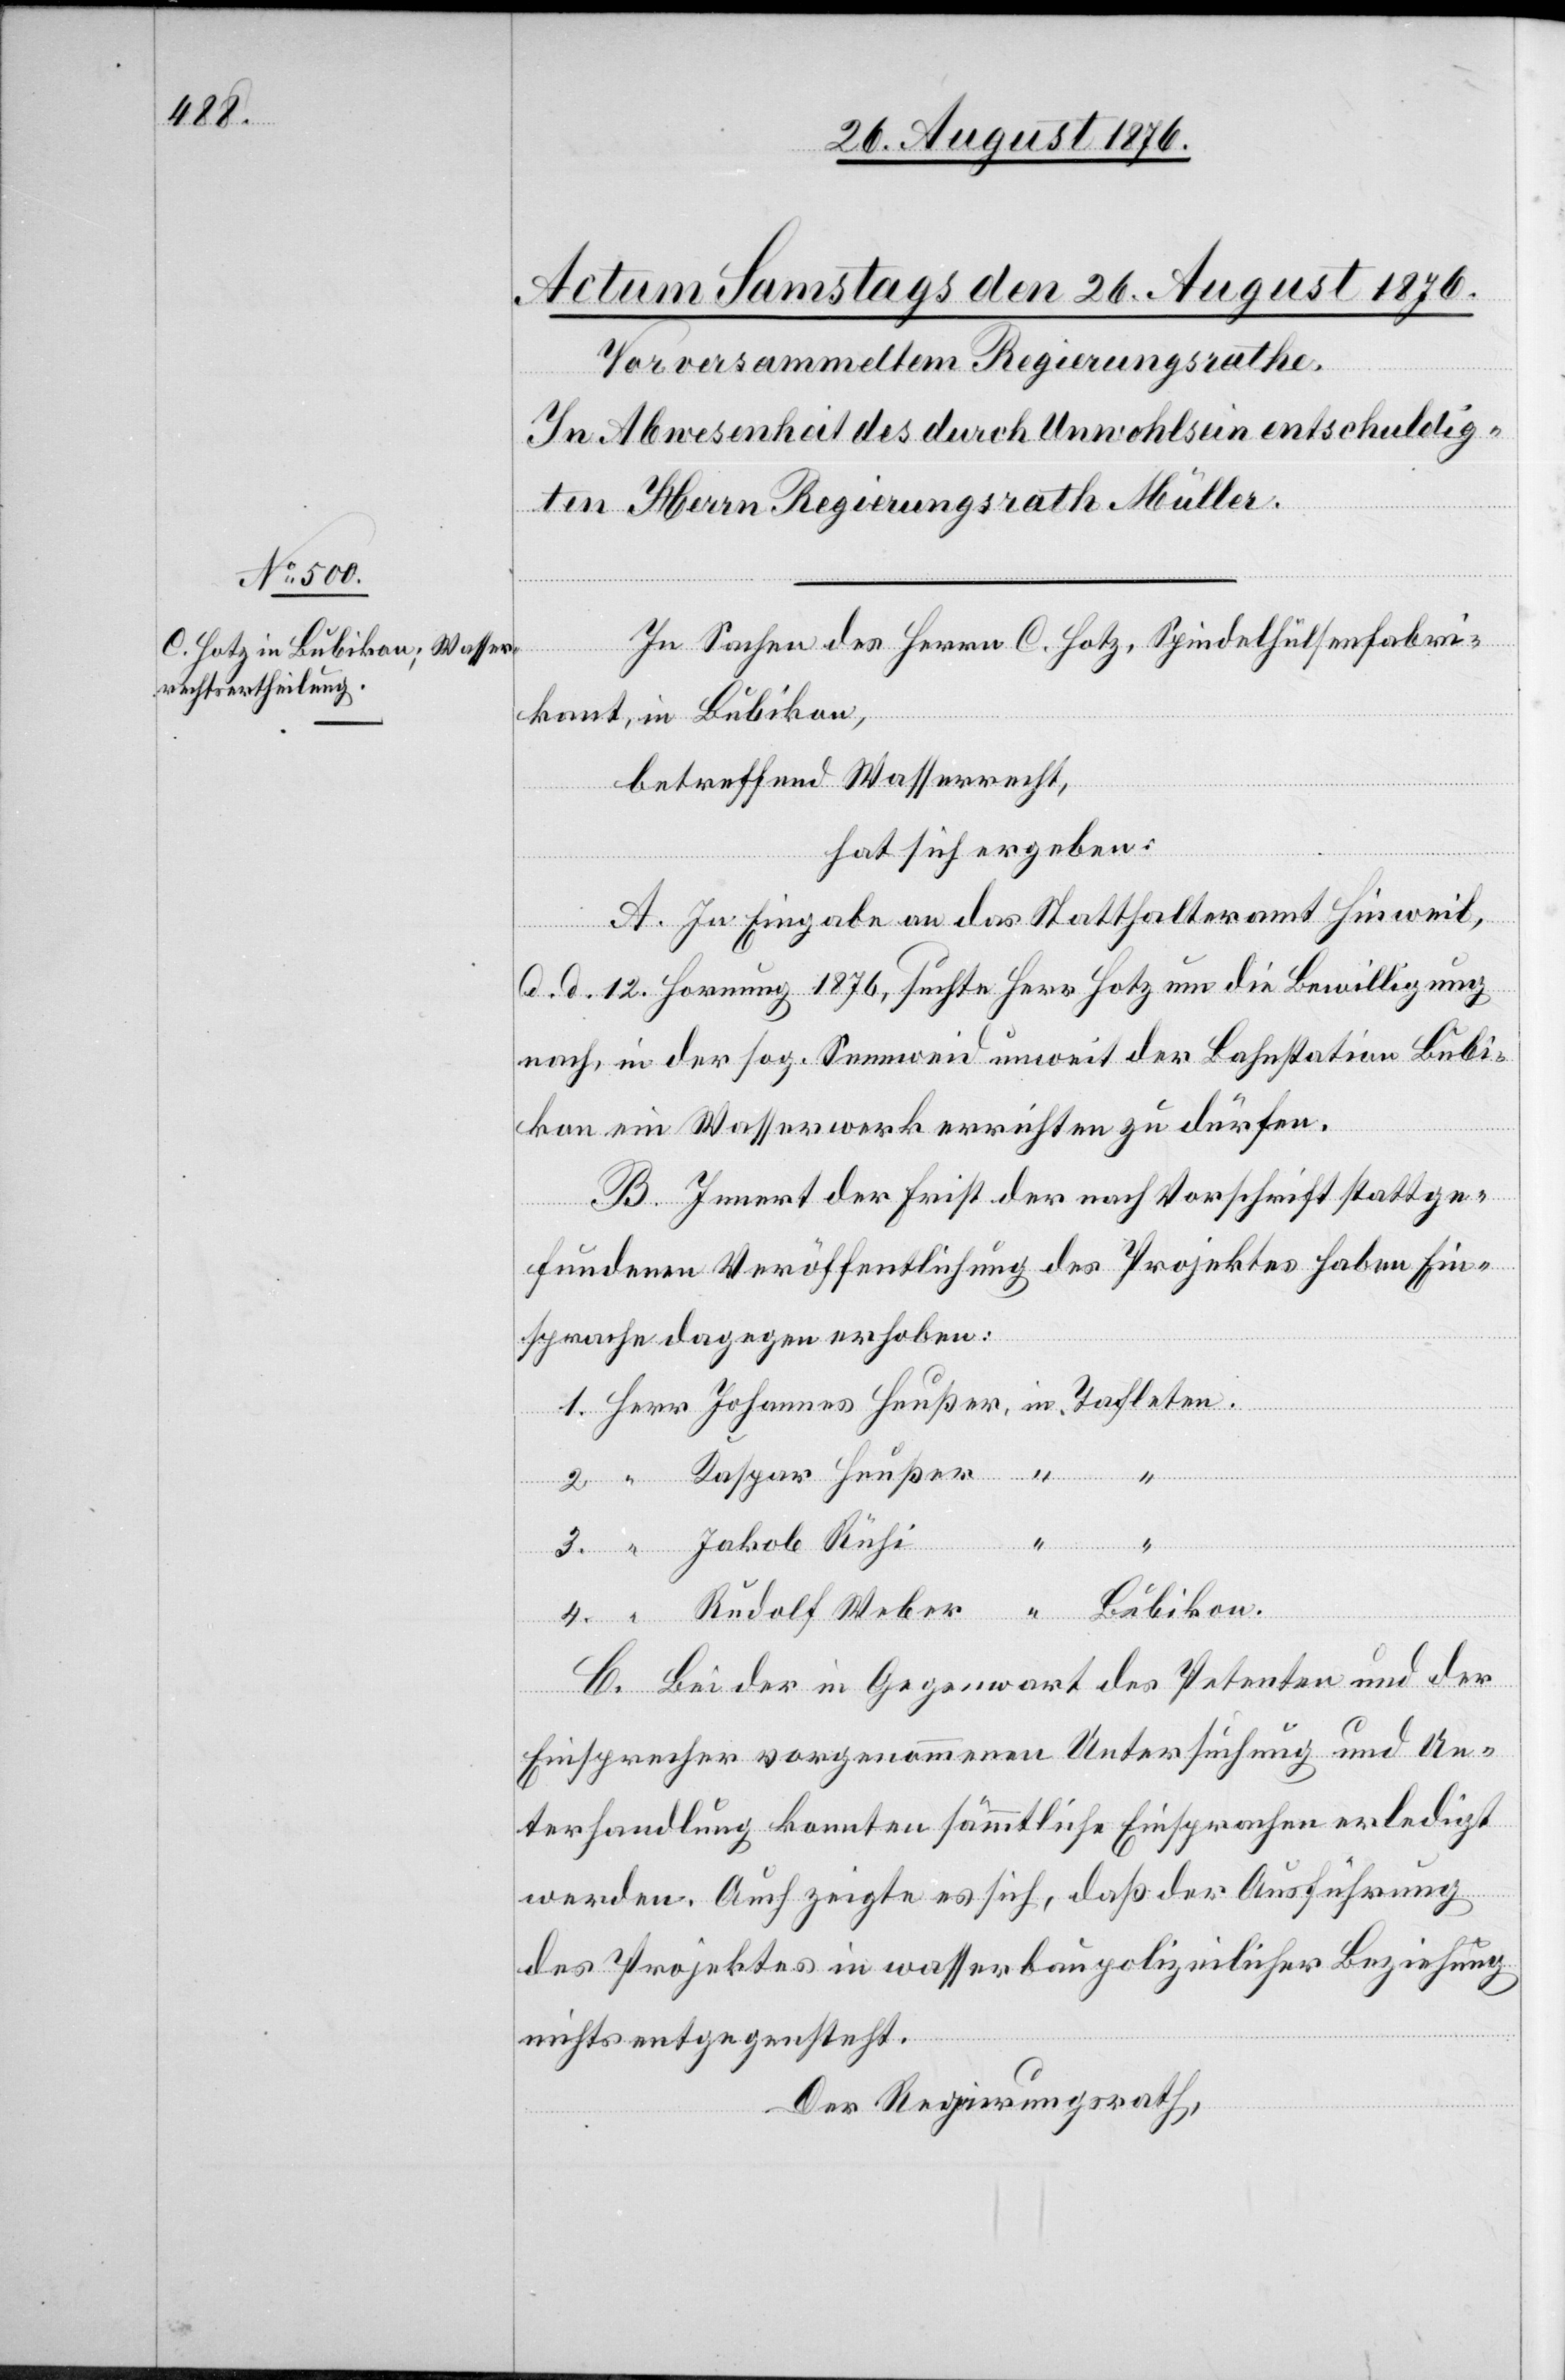
3.

Herr
In Sachen des Herrn C. Hotz, Spindelhülsenfabri¬
kant, in Bubikon,
betreffend Wasserrecht,
hat sich ergeben:
A. In Eingabe an das Statthalteramt Hinweil,
d. d. 12. Hornung 1876, suchte Herr Hotz um die Bewilligung
nach, in der sog. Sennweid unweit der Bahnstation Bubi¬
kon ein Wasserwerk errichten zu dürfen.
B. Innert der Frist der nach Vorschrift stattge¬
fundenen Veröffentlichung des Projektes haben Ein¬
sprache dagegen erhoben:
in
Rudolf Weber
Heußer,
4.
Bubikon.
“
C. Bei der in Gegenwart des Petenten und der
Einsprecher vorgenommenen Untersuchung und Un¬
terhandlung konnten sämmtliche Einsprachen erledigt
werden. Auch zeigte es sich, daß der Ausführung
des Projektes in wasserbaupolizeilicher Bezeichnung
nichts entgegensteht.
Der Regierungsrath,